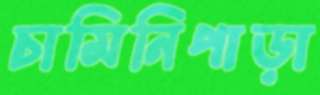
চামিনিপাড়া